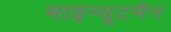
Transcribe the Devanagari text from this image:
माइन्यूटमैन